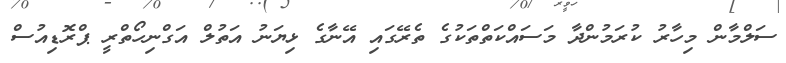
ސަލްމާން މިހާރު ކުރަމުންދާ މަސައްކަތްތަކުގެ ތެރޭގައި އޭނާގެ ޅިޔަނު އަތުލް އަގްނިހޯތްރީ ޕްރޮޑިއުސް